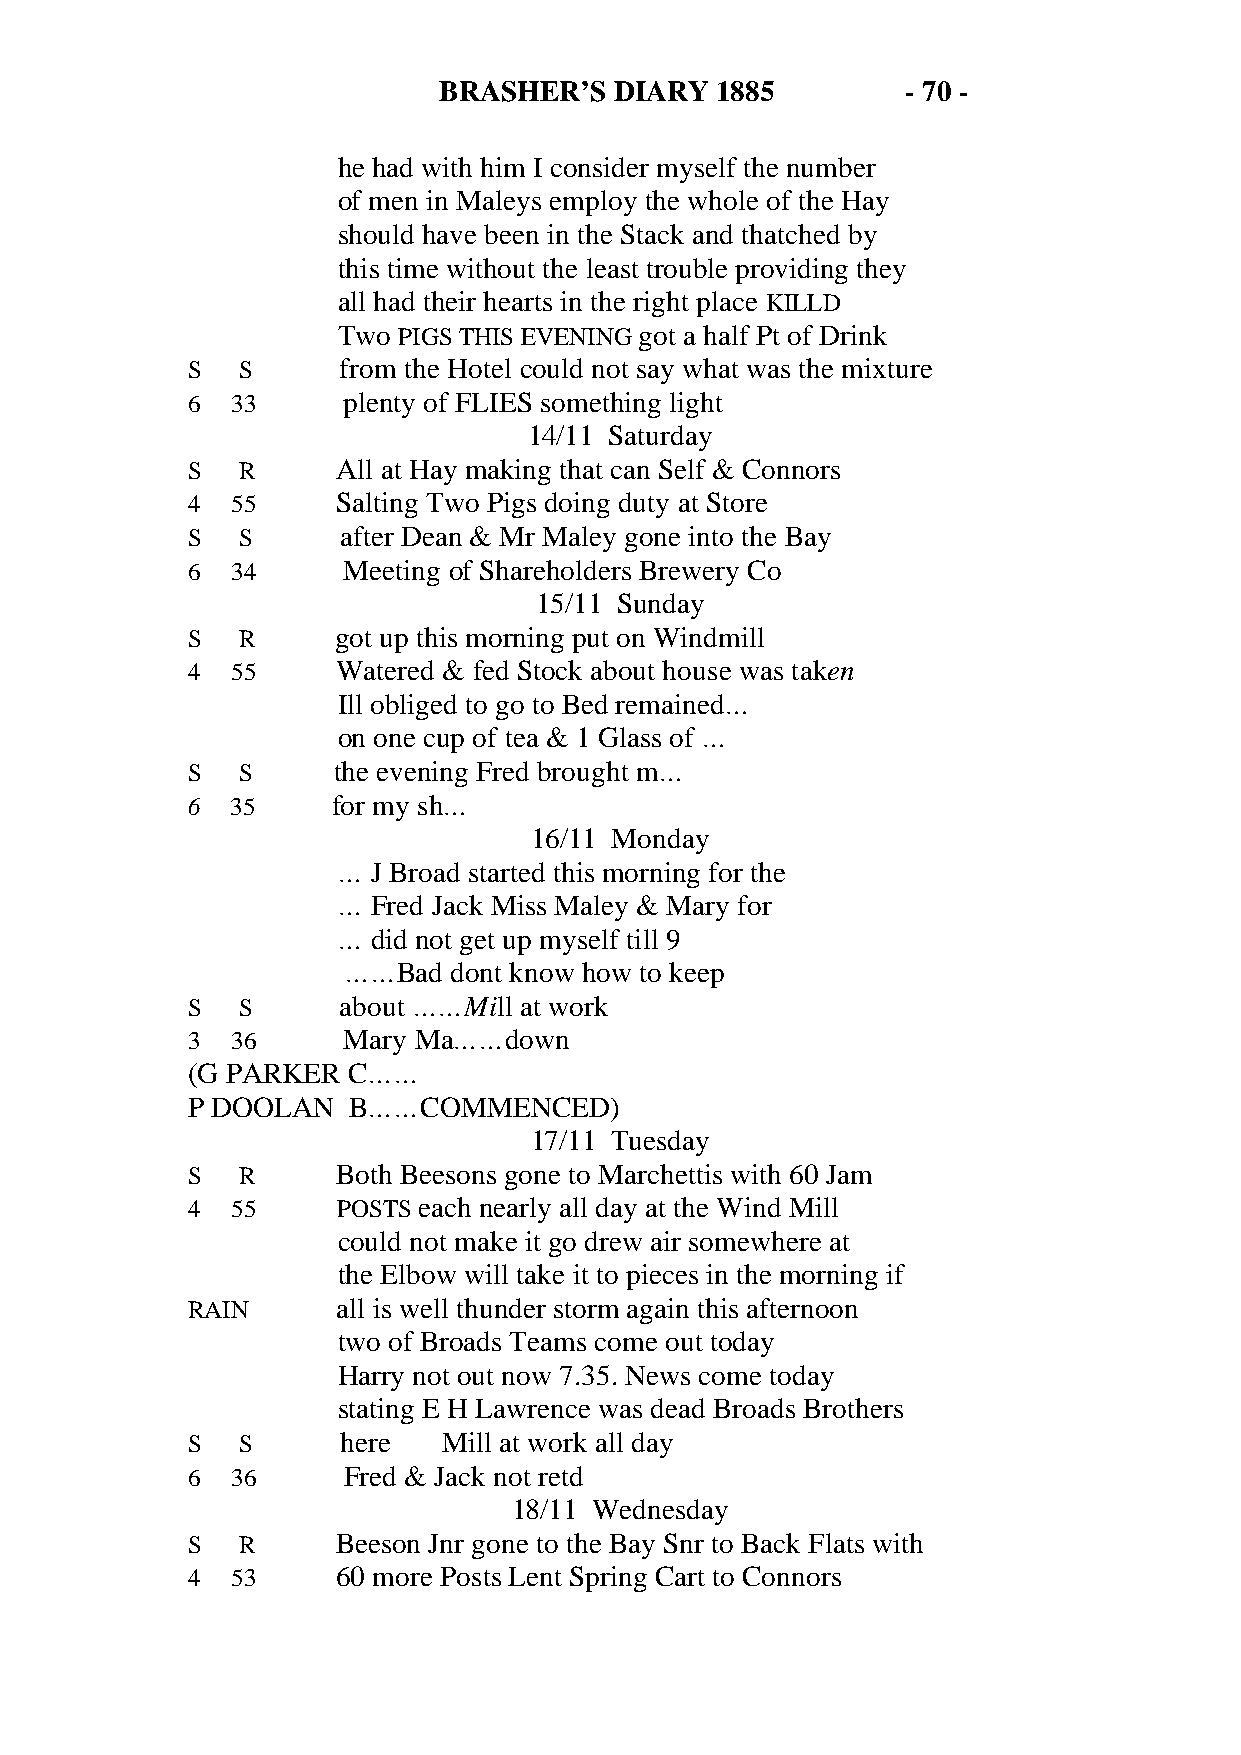
BRASHER’S   DIARY 1885         - 70 -
 he had with him I consider myself the number
 of men in Maleys employ the whole of the Hay
 should have been in the Stack and thatched by
 this time without the least trouble providing they
 all had their hearts in the right place KILLD
 Two PIGS THIS EVENING got a half Pt of Drink
 S   S      from the Hotel could not say what was the mixture
 6  33      plenty of FLIES something light
 14/11 Saturday
 S   R     All at Hay making that can Self & Connors
 4  55     Salting Two Pigs doing duty at Store
 S   S      after Dean & Mr Maley gone into the Bay
 6  34      Meeting of Shareholders Brewery Co
 15/11 Sunday
 S   R     got up this morning put on Windmill
 4  55     Watered & fed Stock about house was taken
 Ill obliged to go to Bed remained…
 on one cup of tea & 1 Glass of …
 S   S     the evening Fred brought m…
 6  35     for my sh…
 16/11 Monday
 …  J Broad started this morning for the
 …  Fred Jack Miss Maley & Mary for
 …  did not get up myself till 9
 ……Bad  dont know how to keep
 S   S      about ……Mill at work
 3  36      Mary Ma……down
 (G PARKER  C……
 P DOOLAN   B……COMMENCED)
 17/11 Tuesday
 S   R     Both Beesons gone to Marchettis with 60 Jam
 4  55     POSTS each nearly all day at the Wind Mill
 could not make it go drew air somewhere at
 the Elbow will take it to pieces in the morning if
 RAIN      all is well thunder storm again this afternoon
 two of Broads Teams come out today
 Harry not out now 7.35. News come today
 stating E H Lawrence was dead Broads Brothers
 S   S      here  Mill at work all day
 6  36      Fred & Jack not retd
 18/11 Wednesday
 S   R     Beeson Jnr gone to the Bay Snr to Back Flats with
 4  53     60 more Posts Lent Spring Cart to Connors